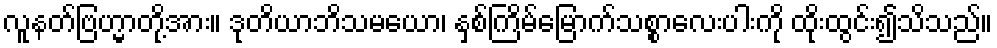
လူနတ်ဗြဟ္မာတို့အား။ ဒုတိယာဘိသမယော၊ နှစ်ကြိမ်မြောက်သစ္စာလေးပါးကို ထိုးထွင်း၍သိသည်။